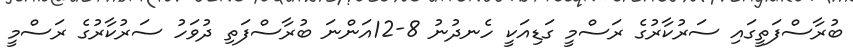
ބުރާސްފަތީގައި ސަރުކާރުގެ ރަސްމީ ގަޑިއަކީ ހެނދުނު 8-12އަންނަ ބުރާސްފަތި ދުވަހު ސަރުކާރުގެ ރަސްމީ